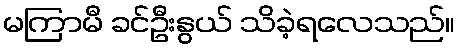
မကြာမီ ခင်ဦးနွယ် သိခဲ့ရလေသည်။